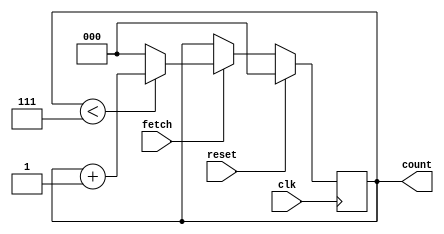
module counter (clk, reset, count,fetch);

input clk;
input reset,fetch;
output [2:0] count;
reg [2:0] count;

always @(posedge clk)
	if (reset)
		count = 0;
	else
		if(fetch)
			if(count < 7)
				count = count + 1;
			else
				count = 0;
		
endmodule